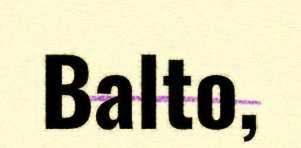
Balto,